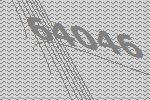
64046